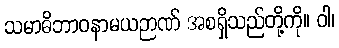
သမာဓိဘာဝနာမယဉာဏ် အစရှိသည်တို့ကို။ ဝါ၊